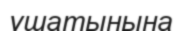
ұшатынына